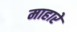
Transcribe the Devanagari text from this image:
माहारे